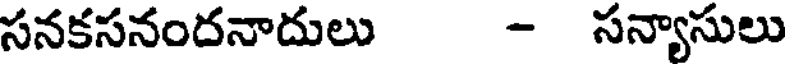
సనకసనందనాదులు - సన్యాసులు